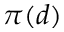
\pi ( d )